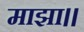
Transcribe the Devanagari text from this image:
माझा।।